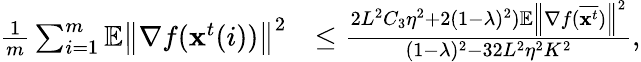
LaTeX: \begin{array}{rl}{\frac{1}{m}\sum_{i=1}^{m}\mathbb{E}\left\| \nabla f(\mathbf{x}^{t}(i))\right\| ^{2}}&{\leq\frac{2L^{2}C_{3}\eta^{2}+2(1-\lambda)^{2})\mathbb{E}\left\| \nabla f(\overline{{\mathbf{x}^{t}}})\right\| ^{2}}{(1-\lambda)^{2}-32L^{2}\eta^{2}K^{2}},}\end{array}